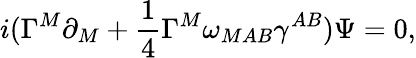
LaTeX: i(\Gamma^{M}\partial_{M}+{\frac{1}{4}}\Gamma^{M}\omega_{MAB}\gamma^{AB})\Psi=0,